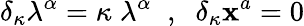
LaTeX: \delta_{\kappa}\lambda^{\alpha}=\kappa\; \lambda^{\alpha}\; \; ,\; \; \delta_{\kappa}\mathbf{x}^{a}=0